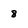
Character: 8